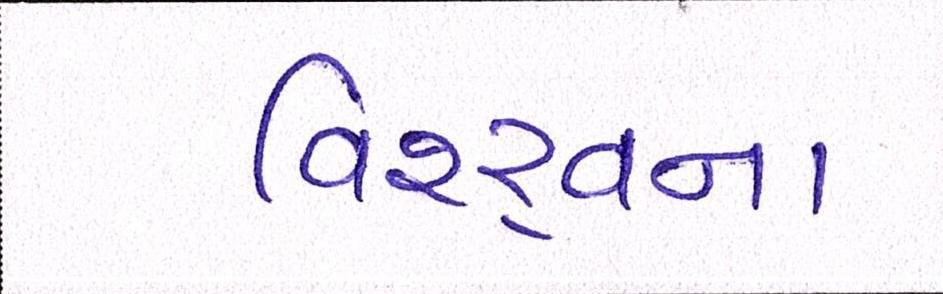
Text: વિશ્ર્વના